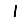
Digit: 1